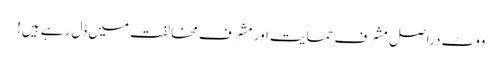
ووٹ دراصل مشرف حمایت اور مشرف مخالفت میں ڈل رہے ہیں!